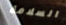
السلامة